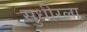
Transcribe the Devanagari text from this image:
सुधीरला